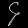
Digit: ၄